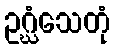
ဥဂ္ဃံသေတုံ